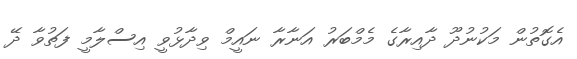
އެގޮތުން މަކުނުދޫ ދާއިރާގެ މެމްބަރު އަނާރާ ނައީމް ވިދާޅުވީ އިސްލާމީ ފަތުވާ ދޭ